Piroplasma canis and its life cycle in the tick - Number 29
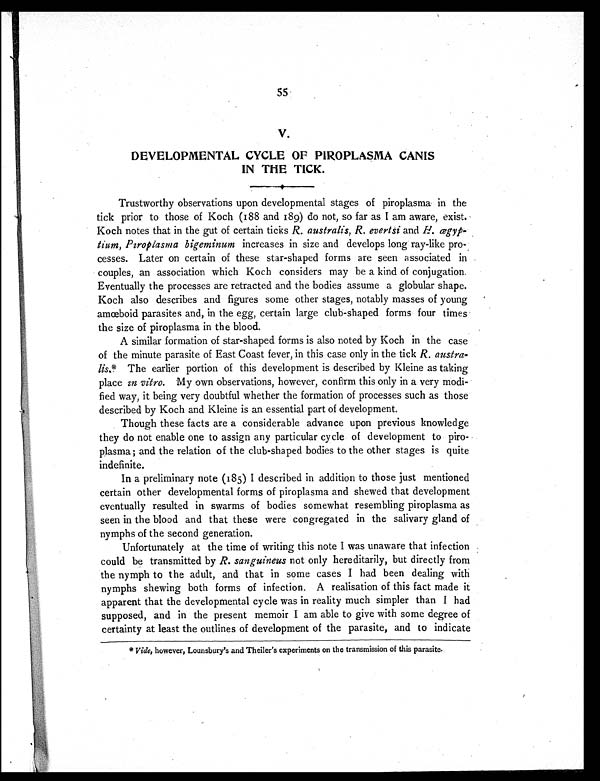
55
V.
DEVELOPMENTAL CYCLE OF PIROPLASMA CANIS
IN THE TICK.
Trustworthy observations upon developmental stages of piroplasma in the
tick prior to those of Koch (188 and 189) do not, so far as I am aware, exist.
Koch notes that in the gut of certain ticks R. australis, R. evertsi and H. ægyp-
tium, Piroplasma bigeminum increases in size and develops long ray-like pro-
cesses. Later on certain of these star-shaped forms are seen associated in
couples, an association which Koch considers may be a kind of conjugation.
Eventually the processes are retracted and the bodies assume a globular shape.
Koch also describes and figures some other stages, notably masses of young
amœboid parasites and, in the egg, certain large club-shaped forms four times
the size of piroplasma in the blood.
A similar formation of star-shaped forms is also noted by Koch in the case
of the minute parasite of East Coast fever, in this case only in the tick R. austra-
lis. * The earlier portion of this development is described by Kleine as taking
place in vitro. My own observations, however, confirm this only in a very modi-
fied way, it being very doubtful whether the formation of processes such as those
described by Koch and Kleine is an essential part of development.
Though these facts are a considerable advance upon previous knowledge
they do not enable one to assign any particular cycle of development to piro-
plasma; and the relation of the club-shaped bodies to the other stages is quite
indefinite.
In a preliminary note (185) I described in addition to those just mentioned
certain other developmental forms of piroplasma and spewed that development
eventually resulted in swarms of bodies somewhat resembling piroplasma as
seen in the blood and that these were congregated in the salivary gland of
nymphs of the second generation.
Unfortunately at the time of writing this note I was unaware that infection
could be transmitted by R. sanguineus not only hereditarily, but directly from
the nymph to the adult, and that in some cases I had been dealing with
nymphs shewing both forms of infection. A realisation of this fact made it
apparent that the developmental cycle was in reality much simpler than I had
supposed, and in the present memoir I am able to give with some degree of
certainty at least the outlines of development of the parasite, and to indicate
* Vide, however, Lounsbury's and Theiler's experiments on the transmission of this parasite.